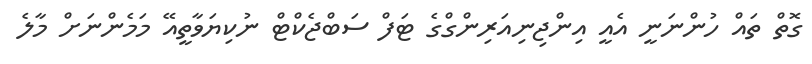
ގޮތް ތައް ހުންނަނީ އެއީ އިންޖިނިއަރިންގްގެ ޓަފް ސަބްޖެކްޓް ނުކިޔަވާތީއޭ މަމެންނަށް މާލެ